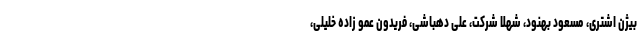
بیژن اشتری، مسعود بهنود، شهلا شرکت، علی دهباشی، فریدون عمو زاده خلیلی،